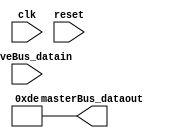
// Generator : SpinalHDL v1.8.1    git head : 2a7592004363e5b40ec43e1f122ed8641cd8965b
// Component : DandRiscv
// Git hash  : 3bf8a49af887f1647dce6c5f08dc35e9067b6df6

`timescale 1ns/1ps

module DandRiscv (
  input      [31:0]   slaveBus_datain,
  output     [31:0]   masterBus_dataout,
  input               clk,
  input               reset
);

  wire       [31:0]   stage_2_RESULT_AND;
  wire       [31:0]   stage_1_RESULT_XOR;
  wire       [31:0]   stage_3_RESULT_AND;
  wire       [31:0]   stage_2_RESULT_XOR;
  wire                stage_1_arbitration_haltItself;
  wire                stage_1_arbitration_haltByOther;
  reg                 stage_1_arbitration_removeIt;
  wire                stage_1_arbitration_flushIt;
  wire                stage_1_arbitration_flushNext;
  wire                stage_1_arbitration_isValid;
  wire                stage_1_arbitration_isStuck;
  wire                stage_1_arbitration_isStuckByOthers;
  wire                stage_1_arbitration_isFlushed;
  wire                stage_1_arbitration_isMoving;
  wire                stage_1_arbitration_isFiring;
  wire                stage_2_arbitration_haltItself;
  wire                stage_2_arbitration_haltByOther;
  reg                 stage_2_arbitration_removeIt;
  wire                stage_2_arbitration_flushIt;
  wire                stage_2_arbitration_flushNext;
  reg                 stage_2_arbitration_isValid;
  wire                stage_2_arbitration_isStuck;
  wire                stage_2_arbitration_isStuckByOthers;
  wire                stage_2_arbitration_isFlushed;
  wire                stage_2_arbitration_isMoving;
  wire                stage_2_arbitration_isFiring;
  wire                stage_3_arbitration_haltItself;
  wire                stage_3_arbitration_haltByOther;
  reg                 stage_3_arbitration_removeIt;
  wire                stage_3_arbitration_flushIt;
  wire                stage_3_arbitration_flushNext;
  reg                 stage_3_arbitration_isValid;
  wire                stage_3_arbitration_isStuck;
  wire                stage_3_arbitration_isStuckByOthers;
  wire                stage_3_arbitration_isFlushed;
  wire                stage_3_arbitration_isMoving;
  wire                stage_3_arbitration_isFiring;
  wire       [31:0]   slaveBus_dataout;
  wire       [31:0]   masterBus_datain;
  wire                when_Pipeline_l124;
  reg        [31:0]   stage_1_to_stage_2_RESULT_XOR;
  wire                when_Pipeline_l124_1;
  reg        [31:0]   stage_2_to_stage_3_RESULT_AND;
  wire                when_Pipeline_l151;
  wire                when_Pipeline_l154;
  wire                when_Pipeline_l151_1;
  wire                when_Pipeline_l154_1;

  assign stage_2_RESULT_AND = (stage_2_RESULT_XOR & stage_2_RESULT_XOR);
  assign stage_1_RESULT_XOR = (slaveBus_datain[31 : 0] ^ slaveBus_datain[31 : 0]);
  assign stage_3_RESULT_AND = stage_2_to_stage_3_RESULT_AND;
  assign stage_2_RESULT_XOR = stage_1_to_stage_2_RESULT_XOR;
  assign stage_1_arbitration_haltItself = 1'b0;
  assign stage_1_arbitration_haltByOther = 1'b0;
  always @(*) begin
    stage_1_arbitration_removeIt = 1'b0;
    if(stage_1_arbitration_isFlushed) begin
      stage_1_arbitration_removeIt = 1'b1;
    end
  end

  assign stage_1_arbitration_flushIt = 1'b0;
  assign stage_1_arbitration_flushNext = 1'b0;
  assign stage_2_arbitration_haltItself = 1'b0;
  assign stage_2_arbitration_haltByOther = 1'b0;
  always @(*) begin
    stage_2_arbitration_removeIt = 1'b0;
    if(stage_2_arbitration_isFlushed) begin
      stage_2_arbitration_removeIt = 1'b1;
    end
  end

  assign stage_2_arbitration_flushIt = 1'b0;
  assign stage_2_arbitration_flushNext = 1'b0;
  assign stage_3_arbitration_haltItself = 1'b0;
  assign stage_3_arbitration_haltByOther = 1'b0;
  always @(*) begin
    stage_3_arbitration_removeIt = 1'b0;
    if(stage_3_arbitration_isFlushed) begin
      stage_3_arbitration_removeIt = 1'b1;
    end
  end

  assign stage_3_arbitration_flushIt = 1'b0;
  assign stage_3_arbitration_flushNext = 1'b0;
  assign masterBus_dataout = 32'h000000de;
  assign when_Pipeline_l124 = (! stage_2_arbitration_isStuck);
  assign when_Pipeline_l124_1 = (! stage_3_arbitration_isStuck);
  assign stage_1_arbitration_isFlushed = (({stage_3_arbitration_flushNext,stage_2_arbitration_flushNext} != 2'b00) || ({stage_3_arbitration_flushIt,{stage_2_arbitration_flushIt,stage_1_arbitration_flushIt}} != 3'b000));
  assign stage_2_arbitration_isFlushed = ((stage_3_arbitration_flushNext != 1'b0) || ({stage_3_arbitration_flushIt,stage_2_arbitration_flushIt} != 2'b00));
  assign stage_3_arbitration_isFlushed = (1'b0 || (stage_3_arbitration_flushIt != 1'b0));
  assign stage_1_arbitration_isStuckByOthers = (stage_1_arbitration_haltByOther || ((1'b0 || stage_2_arbitration_isStuck) || stage_3_arbitration_isStuck));
  assign stage_1_arbitration_isStuck = (stage_1_arbitration_haltItself || stage_1_arbitration_isStuckByOthers);
  assign stage_1_arbitration_isMoving = ((! stage_1_arbitration_isStuck) && (! stage_1_arbitration_removeIt));
  assign stage_1_arbitration_isFiring = ((stage_1_arbitration_isValid && (! stage_1_arbitration_isStuck)) && (! stage_1_arbitration_removeIt));
  assign stage_2_arbitration_isStuckByOthers = (stage_2_arbitration_haltByOther || (1'b0 || stage_3_arbitration_isStuck));
  assign stage_2_arbitration_isStuck = (stage_2_arbitration_haltItself || stage_2_arbitration_isStuckByOthers);
  assign stage_2_arbitration_isMoving = ((! stage_2_arbitration_isStuck) && (! stage_2_arbitration_removeIt));
  assign stage_2_arbitration_isFiring = ((stage_2_arbitration_isValid && (! stage_2_arbitration_isStuck)) && (! stage_2_arbitration_removeIt));
  assign stage_3_arbitration_isStuckByOthers = (stage_3_arbitration_haltByOther || 1'b0);
  assign stage_3_arbitration_isStuck = (stage_3_arbitration_haltItself || stage_3_arbitration_isStuckByOthers);
  assign stage_3_arbitration_isMoving = ((! stage_3_arbitration_isStuck) && (! stage_3_arbitration_removeIt));
  assign stage_3_arbitration_isFiring = ((stage_3_arbitration_isValid && (! stage_3_arbitration_isStuck)) && (! stage_3_arbitration_removeIt));
  assign when_Pipeline_l151 = ((! stage_2_arbitration_isStuck) || stage_2_arbitration_removeIt);
  assign when_Pipeline_l154 = ((! stage_1_arbitration_isStuck) && (! stage_1_arbitration_removeIt));
  assign when_Pipeline_l151_1 = ((! stage_3_arbitration_isStuck) || stage_3_arbitration_removeIt);
  assign when_Pipeline_l154_1 = ((! stage_2_arbitration_isStuck) && (! stage_2_arbitration_removeIt));
  always @(posedge clk) begin
    if(when_Pipeline_l124) begin
      stage_1_to_stage_2_RESULT_XOR <= stage_1_RESULT_XOR;
    end
    if(when_Pipeline_l124_1) begin
      stage_2_to_stage_3_RESULT_AND <= stage_2_RESULT_AND;
    end
  end

  always @(posedge clk or posedge reset) begin
    if(reset) begin
      stage_2_arbitration_isValid <= 1'b0;
      stage_3_arbitration_isValid <= 1'b0;
    end else begin
      if(when_Pipeline_l151) begin
        stage_2_arbitration_isValid <= 1'b0;
      end
      if(when_Pipeline_l154) begin
        stage_2_arbitration_isValid <= stage_1_arbitration_isValid;
      end
      if(when_Pipeline_l151_1) begin
        stage_3_arbitration_isValid <= 1'b0;
      end
      if(when_Pipeline_l154_1) begin
        stage_3_arbitration_isValid <= stage_2_arbitration_isValid;
      end
    end
  end


endmodule